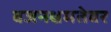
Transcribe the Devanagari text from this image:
वजनक्षमतेवर